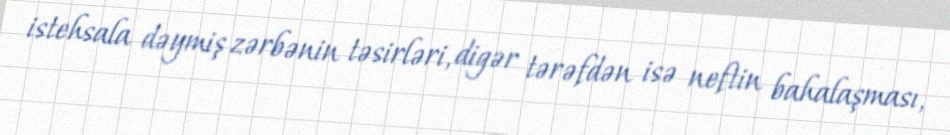
istehsala dəymiş zərbənin təsirləri, digər tərəfdən isə neftin bahalaşması,